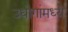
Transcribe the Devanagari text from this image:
उधोगांमध्ये